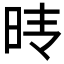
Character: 𰕺